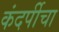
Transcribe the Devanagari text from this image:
कंदर्पीचा